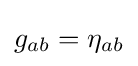
g_{ab}=\eta _{ab}